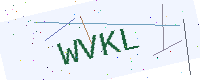
Text: WVKL